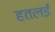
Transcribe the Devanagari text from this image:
हतलई